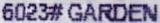
6023# GARDEN